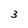
Character: 3